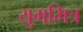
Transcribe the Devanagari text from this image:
युगमित्र